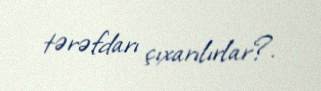
tərəfdarı çıxarılırlar?.